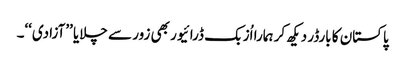
پاکستان کا بارڈر دیکھ کر ہمارا اُزبک ڈرائیور بھی زور سے چلایا ’’آزادی‘‘۔